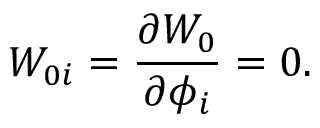
W _ { 0 i } = \frac { \partial W _ { 0 } } { \partial \phi _ { i } } = 0 .